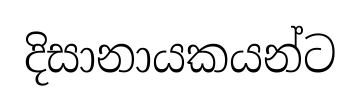
දිසානායකයන්ට